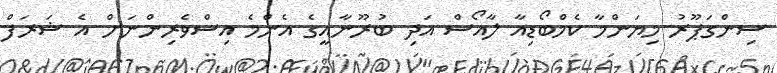
ސިންގަޕޫރު މިޔަންމާ ކެމްބޯޑިއާ ލާއޯސް އަދި ބުރޫނާއީގެ އެންމެ އިސްވެރިންނަށް އެ ޝަރަފް